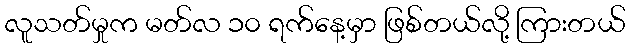
လူသတ်မှုက မတ်လ ၁၀ ရက်နေ့မှာ ဖြစ်တယ်လို့ ကြားတယ်